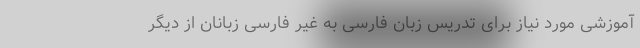
آموزشی مورد نیاز برای تدریس زبان فارسی به غیر فارسی زبانان از دیگر